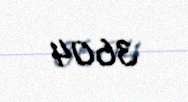
3604